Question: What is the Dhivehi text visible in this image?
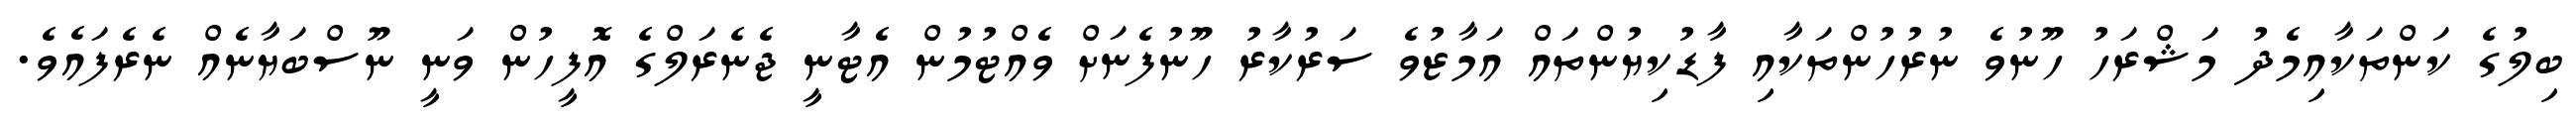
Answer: ބިލުގެ ކަންތަކާއިމެދު މަޝްރަހު ހޫނުވެ ނުރުހުންތަކާއި ފާޑުކިޔުންތައް އަމާޒުވެ ސަރުކާރު ހޫނުފެނަށް ވެއްޓުމުން އެޓާނީ ޖެނެރަލްގެ އޮފީހުން ވަނީ ނޫސްބަޔާނެއް ނެރެފައެވެ.